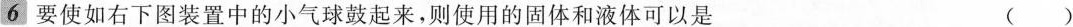
6 要使如右下图装置中的小气球鼓起来，则使用的固体和液体可以是 ()